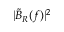
| \tilde { B } _ { R } ( f ) | ^ { 2 }